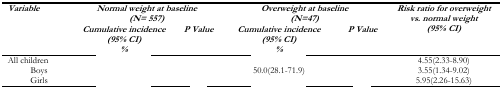
<table><thead><tr><td rowspan="2"><b><i>Variable</i></b></td><td colspan="2"><b><i>Normal weight at baseline (N= 557)</i></b></td><td colspan="2"><b><i>Overweight at baseline (N=47)</i></b></td><td rowspan="2"><b><i>Risk ratio for overweight vs. normal weight (95% CI)</i></b></td></tr><tr><td><b><i>Cumulative incidence (95% CI) %</i></b></td><td><b><i>P Value</i></b></td><td><b><i>Cumulative incidence (95% CI) %</i></b></td><td><b><i>P Value</i></b></td></tr></thead><tbody><tr><td>All children</td><td>[EMPTY_CELL]</td><td>[EMPTY_CELL]</td><td>[EMPTY_CELL]</td><td>[EMPTY_CELL]</td><td>4.55(2.33–8.90)</td></tr><tr><td>Boys</td><td>[EMPTY_CELL]</td><td>[EMPTY_CELL]</td><td>50.0(28.1–71.9)</td><td>[EMPTY_CELL]</td><td>3.55(1.34–9.02)</td></tr><tr><td>Girls</td><td>[EMPTY_CELL]</td><td>[EMPTY_CELL]</td><td>[EMPTY_CELL]</td><td>[EMPTY_CELL]</td><td>5.95(2.26–15.63)</td></tr></tbody></table>